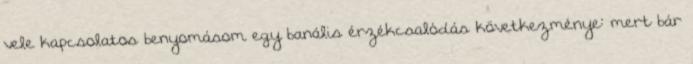
vele kapcsolatos benyomásom egy banális érzékcsalódás következménye: mert bár